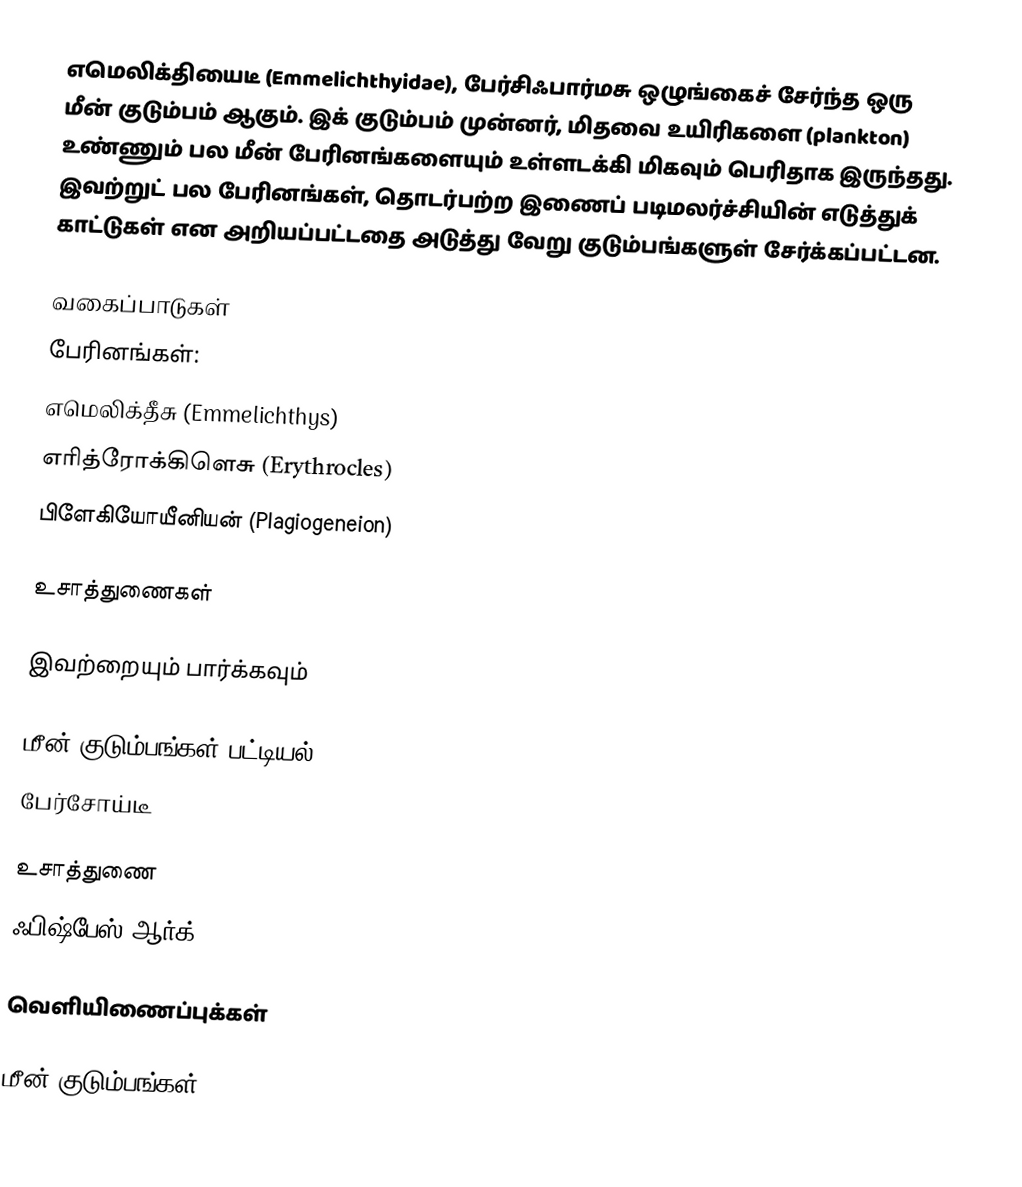
எமெலிக்தியைடீ (Emmelichthyidae), பேர்சிஃபார்மசு ஒழுங்கைச் சேர்ந்த ஒரு மீன் குடும்பம் ஆகும். இக் குடும்பம் முன்னர், மிதவை உயிரிகளை (plankton) உண்ணும் பல மீன் பேரினங்களையும் உள்ளடக்கி மிகவும் பெரிதாக இருந்தது. இவற்றுட் பல பேரினங்கள், தொடர்பற்ற இணைப் படிமலர்ச்சியின் எடுத்துக் காட்டுகள் என அறியப்பட்டதை அடுத்து வேறு குடும்பங்களுள் சேர்க்கப்பட்டன.

வகைப்பாடுகள்
பேரினங்கள்:
 எமெலிக்தீசு (Emmelichthys)
 எரித்ரோக்கிளெசு (Erythrocles)
 பிளேகியோயீனியன் (Plagiogeneion)

உசாத்துணைகள்

இவற்றையும் பார்க்கவும்

 மீன் குடும்பங்கள் பட்டியல்
 பேர்சோய்டீ

உசாத்துணை
 ஃபிஷ்பேஸ்.ஆர்க்

வெளியிணைப்புக்கள்

மீன் குடும்பங்கள்